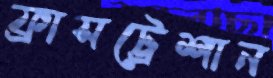
ফ্রাসট্রেশান